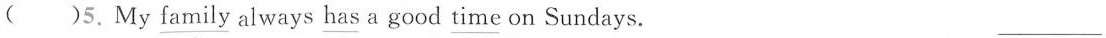
( )5. My \underline{family} always \underline{has} a good \underline{time} on Sundays. ___